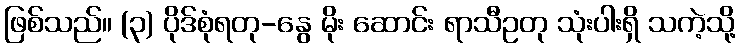
ဖြစ်သည်။ (၃) ပိုဒ်စုံရတု-နွေ မိုး ဆောင်း ရာသီဥတု သုံးပါးရှိ သကဲ့သို့